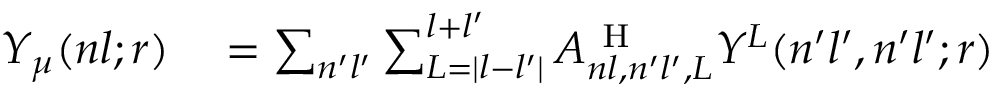
\begin{array} { r l } { Y _ { \mu } ( n l ; r ) } & { { } = \sum _ { n ^ { \prime } l ^ { \prime } } \sum _ { L = | l - l ^ { \prime } | } ^ { l + l ^ { \prime } } A _ { n l , n ^ { \prime } l ^ { \prime } , L } ^ { \mathrm { ~ H ~ } } Y ^ { L } ( n ^ { \prime } l ^ { \prime } , n ^ { \prime } l ^ { \prime } ; r ) } \end{array}